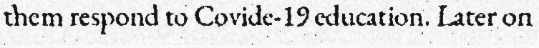
them respond to Covide-19 education. Later on